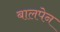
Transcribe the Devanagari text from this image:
बालपेन